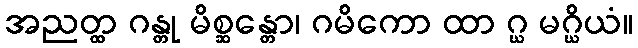
အညတ္ထ ဂန္တု မိစ္ဆန္တော၊ ဂမိကော ထာ ဂ္ဃ မဂ္ဃိယံ။